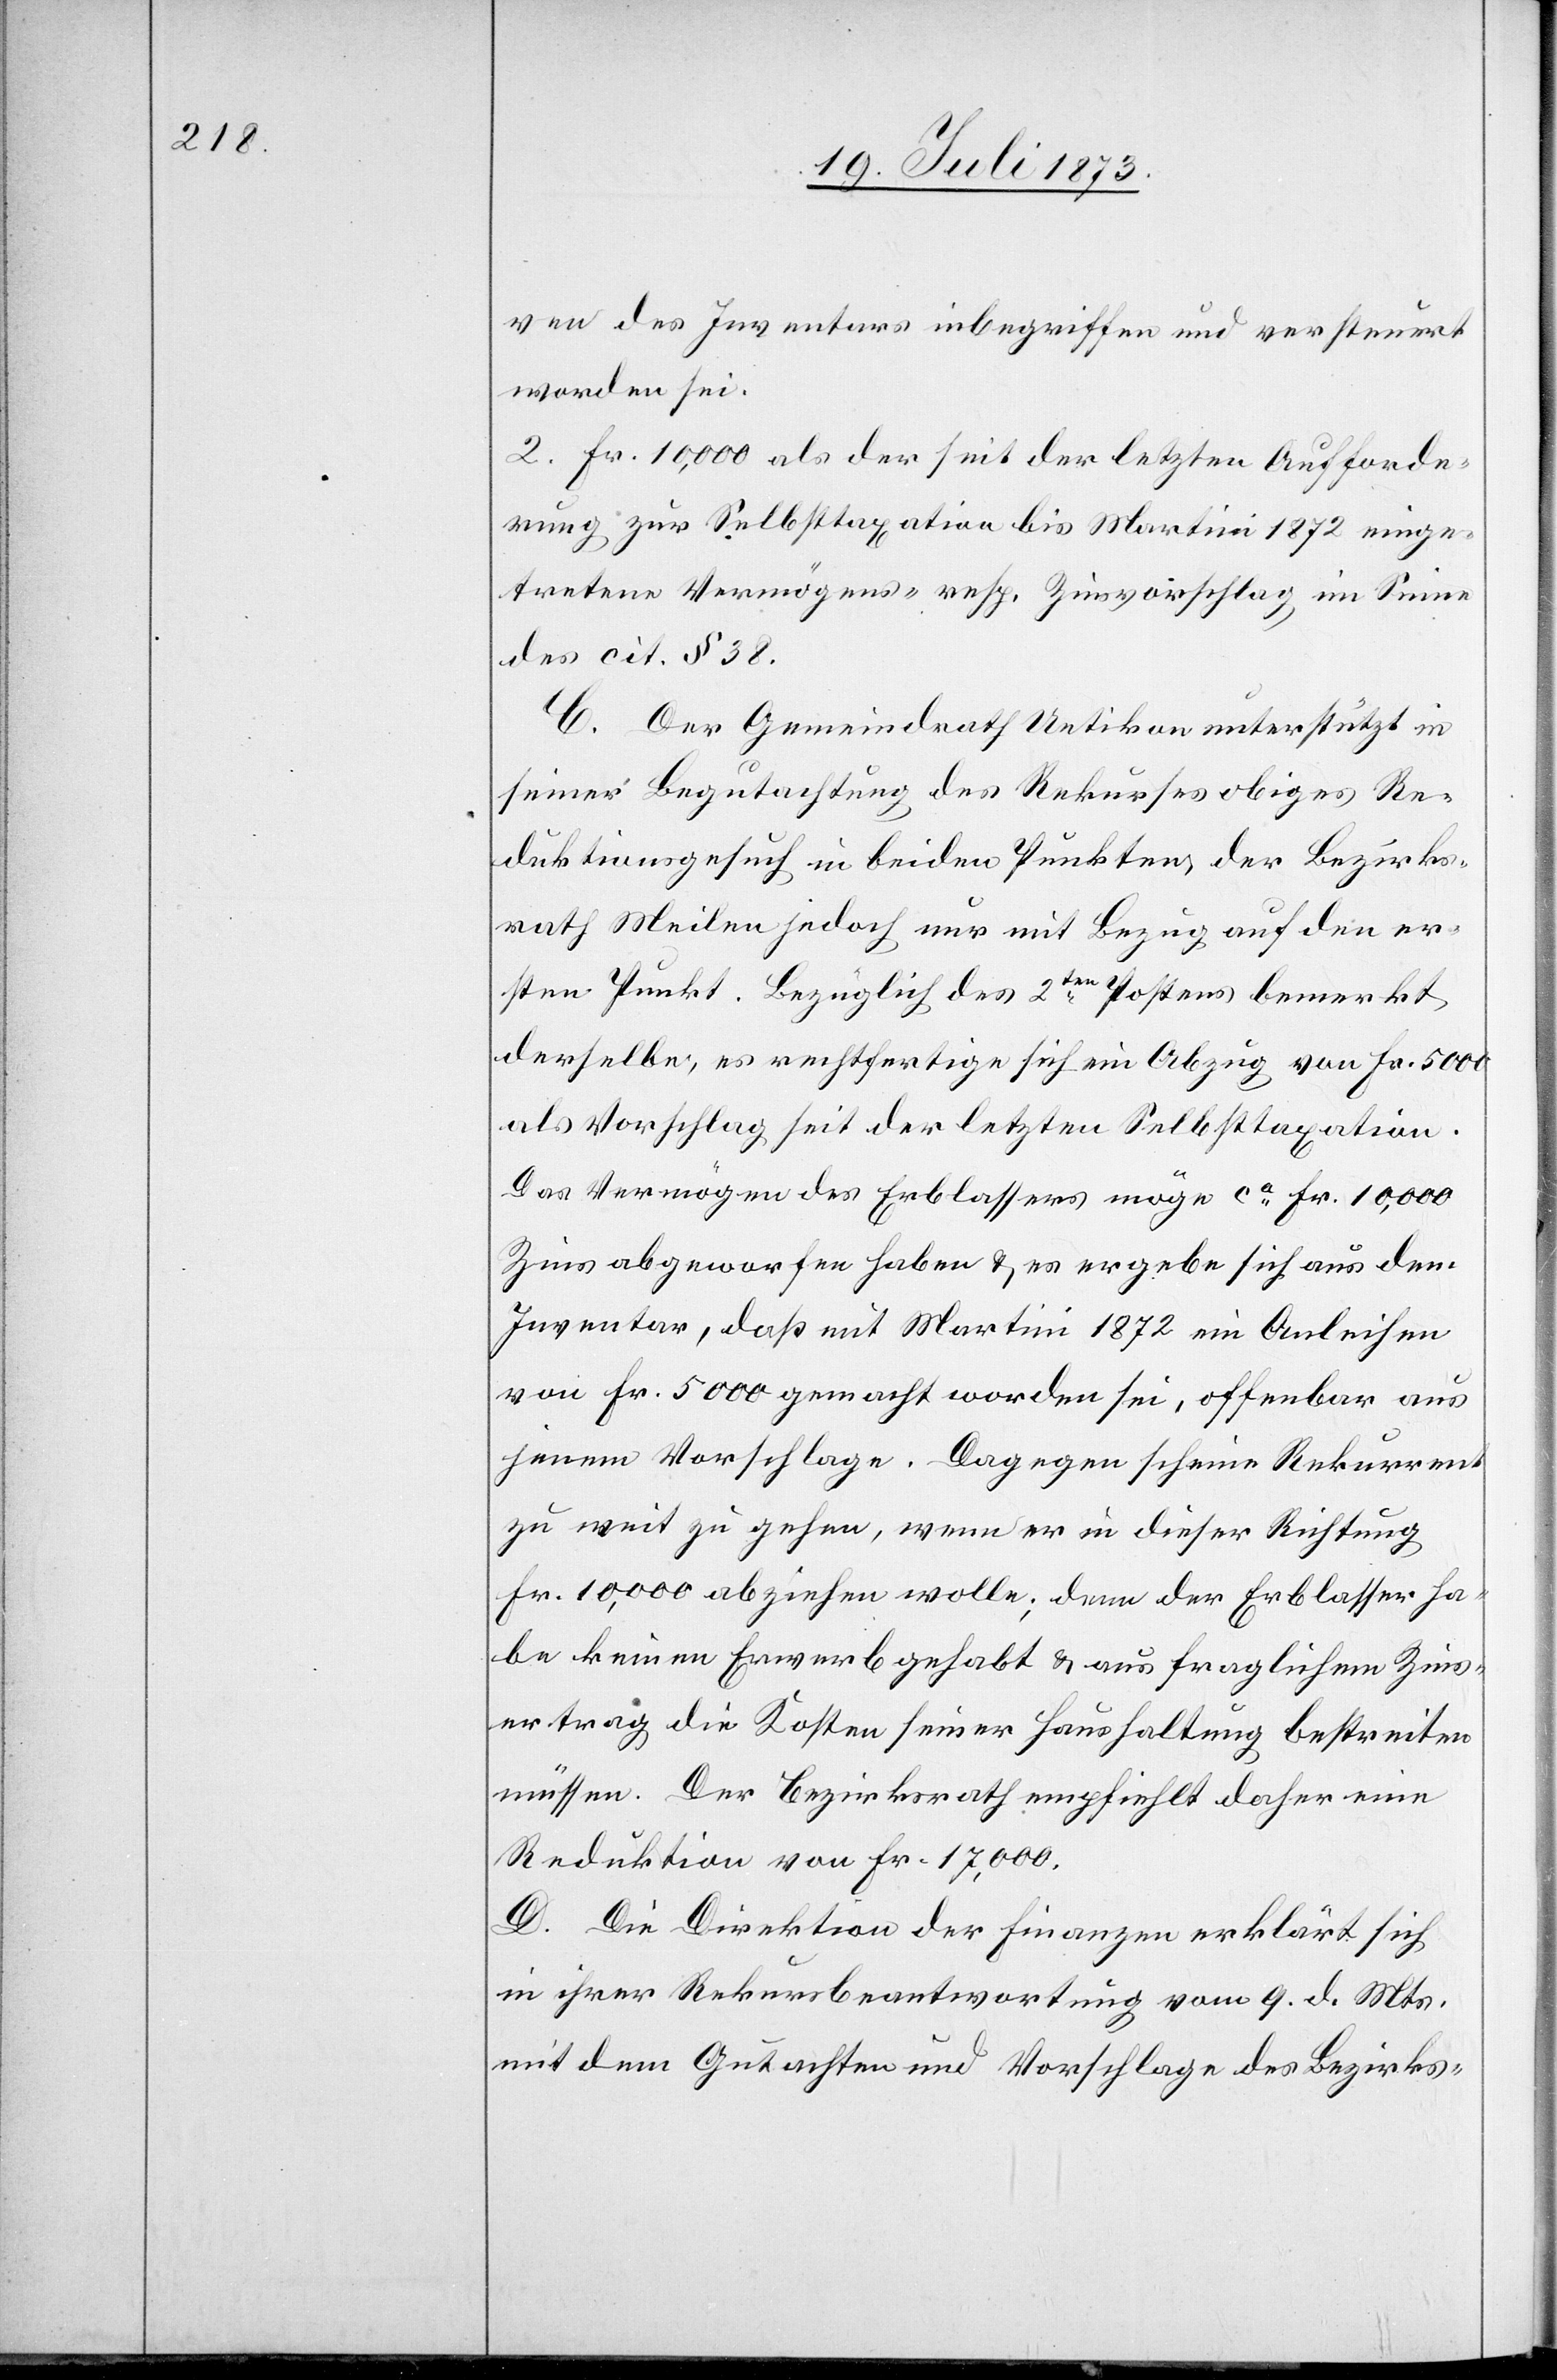
ven des Inventars inbegriffen und versteuert
worden sei.
2. Fr. 10,000 als der seit der letzten Aufforde¬
rung zur Selbsttaxation bis Martini 1872 einge¬
tretene Vermögens- resp. Zinsvorschlag im Sinne
des cit. § 38.
C. Der Gemeindrath Uetikon unterstützt in
seiner Begutachtung des Rekurses obiges Re¬
duktionsgesuch in beiden Punkten, der Bezirks¬
rath Meilen jedoch nur mit Bezug auf den er¬
sten Punkt. Bezüglich des 2ten Postens bemerkt
derselbe, es rechtfertige sich ein Abzug von Fr. 5 000
als Vorschlag seit der letzten Selbsttaxation.
Das Vermögen des Erblassers möge ca Fr. 10,000
Zins abgeworfen haben & es ergebe sich aus dem
Inventar, daß mit Martini 1872 ein Anleihen
von Fr. 5 000 gemacht worden sei, offenbar aus
jenem Vorschlage. Dagegen scheine Rekurrent
zu weit zu gehen, wenn er in dieser Richtung
Fr. 10,000 abziehen wolle; denn der Erblasser ha¬
be keinen Erwerb gehabt & aus fraglichem Zins¬
ertrag die Kosten seiner Haushaltung bestreiten
müssen. Der Bezirksrath empfiehlt daher eine
Reduktion von Fr. 17,000.
D. Die Direktion der Finanzen erklärt sich
in ihrer Rekursbeantwortung vom 9. d. Mts.
mit dem Gutachten und Vorschlage des Bezirks-